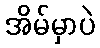
အိမ်မှာပဲ